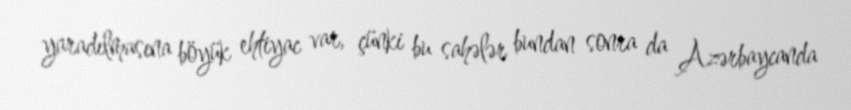
yaradılmasına böyük ehtiyac var, çünki bu sahələr bundan sonra da Azərbaycanda